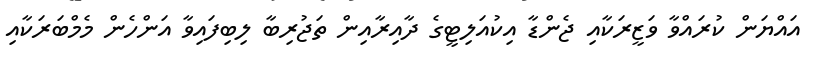
އައްޔަން ކުރައްވާ ވަޒީރަކާއި ޖެންޑާ އިކުއަލިޓީގެ ދާއިރާއިން ތަޖުރިބާ ލިބިފައިވާ އަންހެން މެމްބަރަކާއި